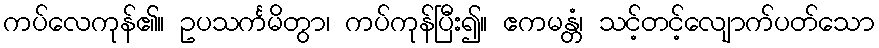
ကပ်လေကုန်၏။ ဥပသင်္ကမိတွာ၊ ကပ်ကုန်ပြီး၍။ ဧကမန္တံ၊ သင့်တင့်လျောက်ပတ်သော